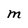
Character: M